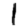
Digit: 1